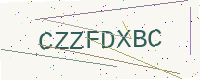
Text: CZZFDXBC